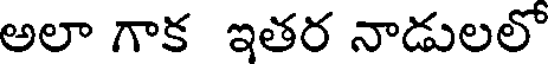
అలా గాక ఇతర నాడులలో